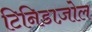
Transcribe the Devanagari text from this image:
टिनिडाज़ोल